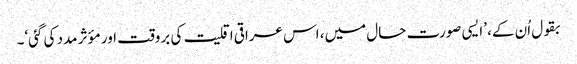
بقول اُن کے، ’ایسی صورت حال میں، اس عراقی اقلیت کی بروقت اور مؤثر مدد کی گئی‘۔